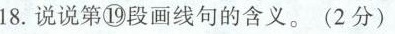
18.说说第⑲ 段画线句的含义。(2分)